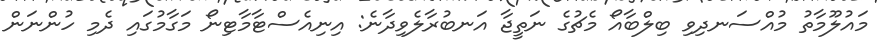
މައުލޫމާތު މުއްސަނދިވި ބިލްބާއޯ މެޗުގެ ނަތީޖާ އަނބުރާލެވިދާނެ: އިނިއެސްޓާމާޓިނޯ މަގާމުގައި ދެމި ހުންނަން